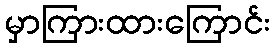
မှာကြားထားကြောင်း